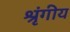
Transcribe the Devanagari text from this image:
श्रृंगीय